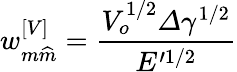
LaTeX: w_{m\widehat{m}}^{\left[V\right]}=\frac{V_{o}^{1/2}\varDelta\gamma^{1/2}}{E^{\prime 1/2}}